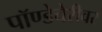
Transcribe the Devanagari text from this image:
पॉण्डेचेरीवर